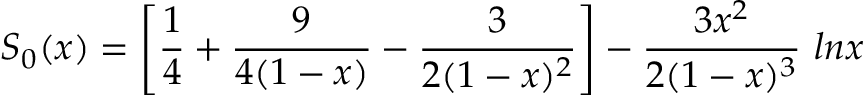
S _ { 0 } ( x ) = \left[ \frac { 1 } { 4 } + \frac { 9 } { 4 ( 1 - x ) } - \frac { 3 } { 2 ( 1 - x ) ^ { 2 } } \right] - \frac { 3 x ^ { 2 } } { 2 ( 1 - x ) ^ { 3 } } ~ l n x